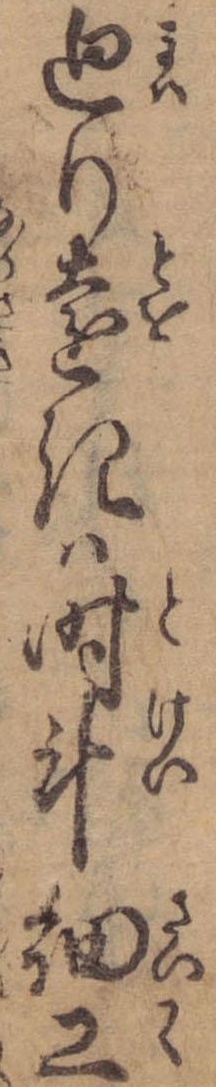
廻り遠きは時斗細工